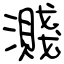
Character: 濺